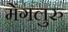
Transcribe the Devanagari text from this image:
मेंगलुरु